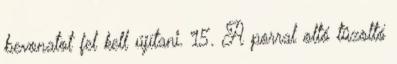
bevonatot fel kell újítani. 15. A porral oltó tûzoltó